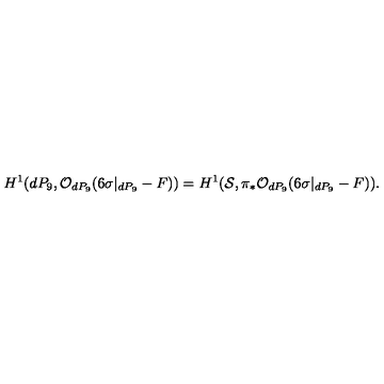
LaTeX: H ^ { 1 } ( d P _ { 9 } , { \cal O } _ { d P _ { 9 } } ( 6 \sigma | _ { d P _ { 9 } } - F ) ) = H ^ { 1 } ( { \cal S } , \pi _ { * } { \cal O } _ { d P _ { 9 } } ( 6 \sigma | _ { d P _ { 9 } } - F ) ) .